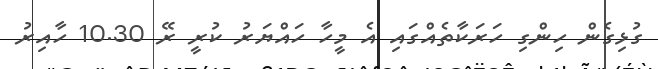
ގުޅިގެން ހިންގި ހަރަކާތެއްގައި އެ މީހާ ހައްޔަރު ކުރީ ރޭ 10.30 ހާއިރު